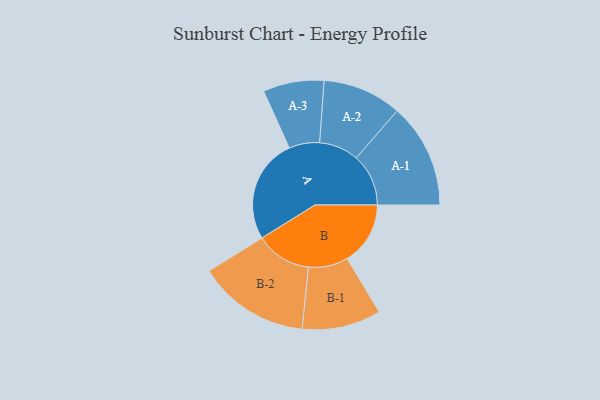
{"axis": {"x": "Segment", "y": "Value"}, "legend": ["", "A", "B"], "data": [{"x": "A", "y": 473, "type": ""}, {"x": "B", "y": 286, "type": ""}, {"x": "A-1", "y": 237, "type": "A"}, {"x": "A-2", "y": 179, "type": "A"}, {"x": "A-3", "y": 138, "type": "A"}, {"x": "B-1", "y": 179, "type": "B"}, {"x": "B-2", "y": 253, "type": "B"}]}